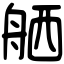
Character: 舾